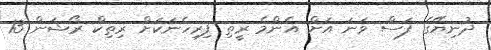
ދުނިޔޭގެ ފަސް ވަނަ އަށް އެންމެ ރީތި ފިރިހެނަކަށް ރިތިކް ރޯޝަން 13